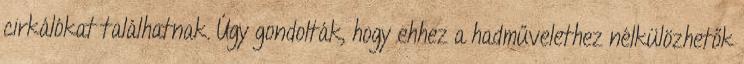
cirkálókat találhatnak. Úgy gondolták, hogy ehhez a hadművelethez nélkülözhetők